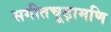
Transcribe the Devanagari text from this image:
सगीतचूड़ामणि